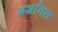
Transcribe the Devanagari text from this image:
दर्शावत